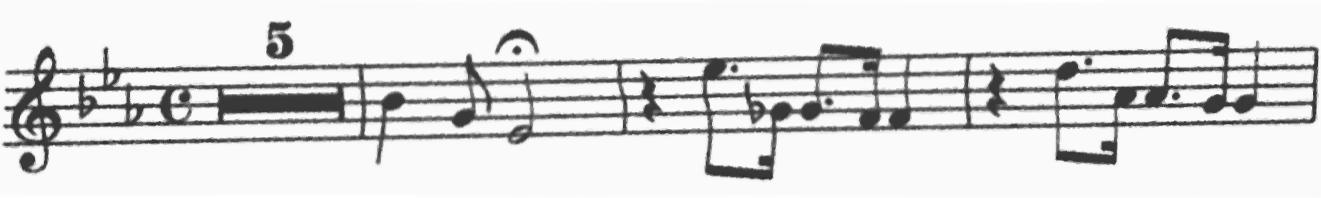
Transcription: clef-G2 keySignature-EbM timeSignature-C multirest-5 barline note-Bb4_quarter note-G4_eighth note-Eb4_half_fermata barline rest-quarter note-Eb5_eighth. note-Gb4_sixteenth note-G4_eighth. note-F4_sixteenth note-F4_quarter barline rest-quarter note-D5_eighth. note-Ab4_sixteenth note-Ab4_eighth. note-G4_sixteenth note-G4_quarter barline